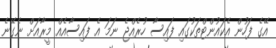
އޭގެ ފަހުން އެކައުންޓްތަކުގައި ފައިސާ ހުރެއްޖެ ނަމަ އެ ފައިސާއެއް މީރާއަށް ނެގޭނެ